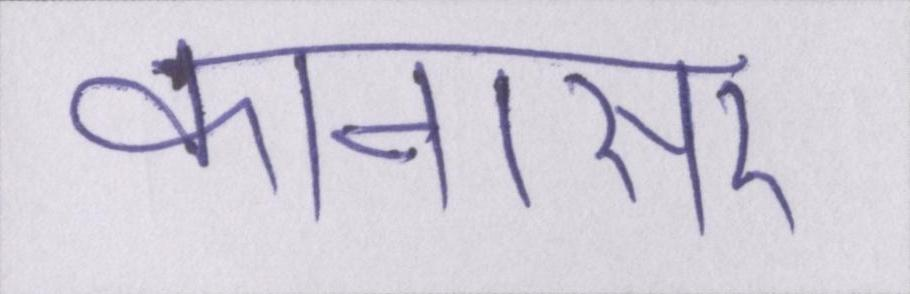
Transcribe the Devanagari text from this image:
कानासर